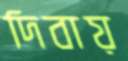
দিবায়